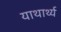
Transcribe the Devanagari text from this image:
याथार्थ्य